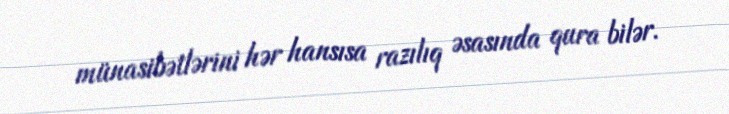
münasibətlərini hər hansısa razılıq əsasında qura bilər.